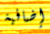
إضافية